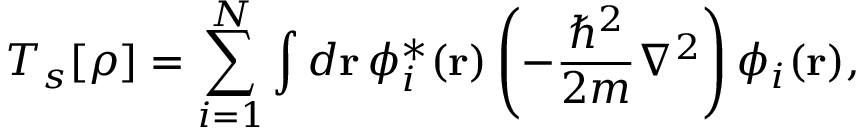
T _ { s } [ \rho ] = \sum _ { i = 1 } ^ { N } \int d \mathbf { r } \, \phi _ { i } ^ { * } ( \mathbf { r } ) \left( - { \frac { \hbar ^ { 2 } } { 2 m } } \nabla ^ { 2 } \right) \phi _ { i } ( \mathbf { r } ) ,